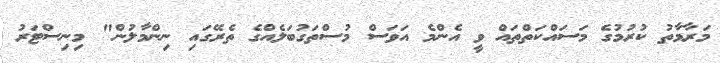
މަރާމާތު ކުރުމުގެ މަސައްކަތްތައް ވީ އެންމެ އަވަސް މުސްތަގުބަލެއްގެ ތެރޭގައި ނިންމާލުން" މިނިސްޓަރު